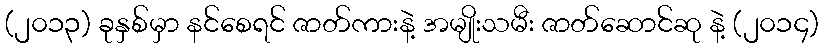
(၂၀၁၃) ခုနှစ်မှာ နင်စေရင် ဇာတ်ကားနဲ့ အမျိုးသမီး ဇာတ်ဆောင်ဆု နဲ့ (၂၀၁၄)